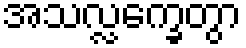
အသလ္လက္ခေတွာ